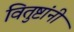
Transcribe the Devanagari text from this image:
वितुष्टांनी